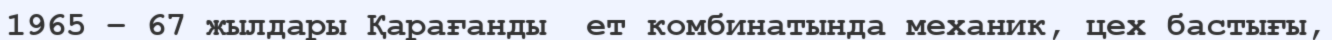
1965 – 67 жылдары Қарағанды  ет комбинатында механик, цех бастығы,